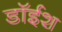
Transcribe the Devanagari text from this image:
डॉईश